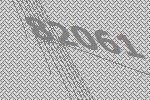
82061